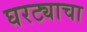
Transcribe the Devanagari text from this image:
घरट्याचा